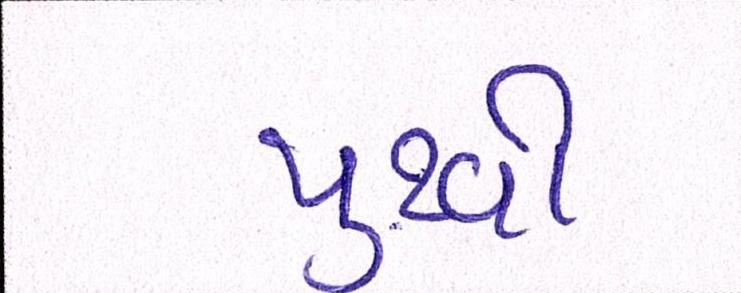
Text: પુથ્વી